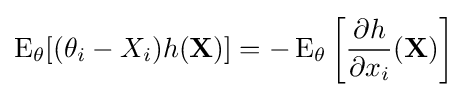
\operatorname {E} _{\theta }[(\theta _{i}-X_{i})h(\mathbf {X} )]=-\operatorname {E} _{\theta }\left[{\frac {\partial h}{\partial x_{i}}}(\mathbf {X} )\right]